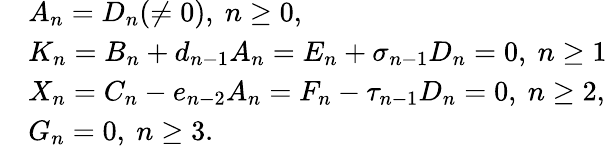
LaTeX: \begin{array}{rl}&{A_{n}=D_{n}(\neq 0),~n\geq 0,}\\ &{K_{n}=B_{n}+d_{n-1}A_{n}=E_{n}+\sigma_{n-1}D_{n}=0,~n\geq 1}\\ &{X_{n}=C_{n}-e_{n-2}A_{n}=F_{n}-\tau_{n-1}D_{n}=0,~n\geq 2,}\\ &{G_{n}=0,~n\geq 3.}\end{array}